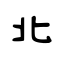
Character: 北